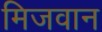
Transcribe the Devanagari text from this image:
मिजवान